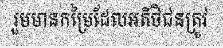
រួមមានកម្រៃដែលអតិថិជនត្រូវ